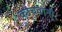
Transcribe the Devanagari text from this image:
कोचवानी